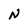
Character: N